Assam Mental Hospital (Tezpur, India) - 1933-1948
Year: 1933
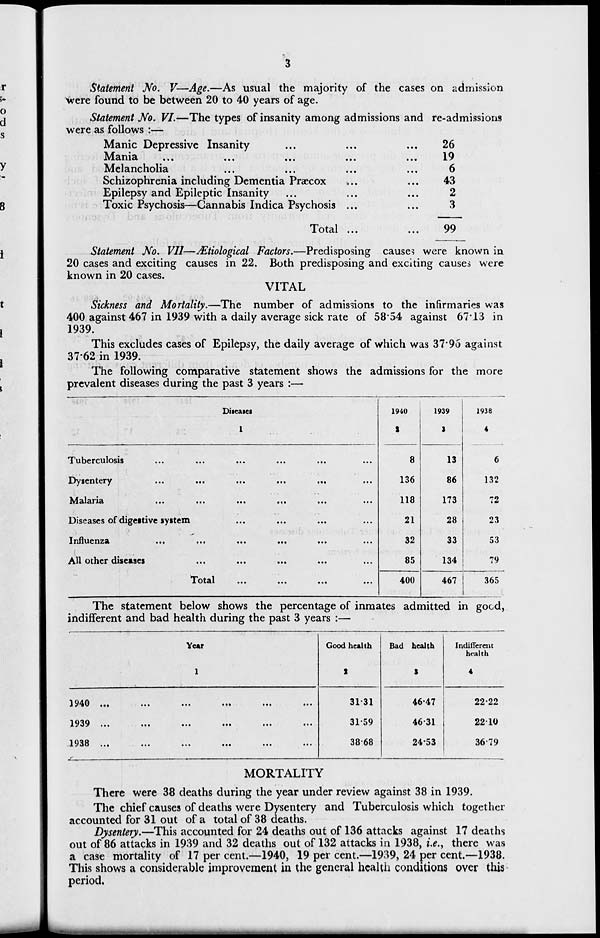
3
Statement No. V—Age.—As usual the majority of the cases on admission
were found to be between 20 to 40 years of age.
Statement No. VI.—The types of insanity among admissions and re-admissions
were as follows :—
Manic Depressive Insanity ... ... ...
Mania
...
...
...
...
...
Melancholia ... ... ...
Schizophrenia including Dementia Præcox ... ...
Epilepsy and Epileptic Insanity ... ... ...
Toxic Psychosis—Cannabis Indica Psychosis ... ...
Total ... ...
26
19
6
43
2
3
99
Statement No. VII—Ætiological Factors.—Predisposing causes were known in
20 cases and exciting causes in 22. Both predisposing and exciting causes were
known in 20 cases.
VITAL
Sickness and Mortality.—The number of admissions to the infirmaries was
400 against 467 in 1939 with a daily average sick rate of 58.54 against 67.13 in
1939.
This excludes cases of Epilepsy, the daily average of which was 37.96 against
37.62 in 1939.
The following comparative statement shows the admissions for the more
prevalent diseases during the past 3 years :—
Diseases.
1
Tuberculosis ... ... ... ... ... ...
Dysentery ... ... ... ... ... ...
Malaria ... ... ... ... ... ...
Diseases of digestive system ... ... ... ...
Influenza
...
...
...
...
...
...
All other diseases ... ... ... ... ... ...
Total ... ... ... ...
1940
2
8
136
118
21
32
85
400
1939
3
13
86
173
28
33
134
467
1938
4
6
132
72
23
53
79
365
The statement below shows the percentage of inmates admitted in good,
indifferent and bad health during the past 3 years :—
Year
1
1940
...
...
...
...
...
...
1939 ... ... ... ... ... ...
1938
...
...
...
...
...
...
Good health
2
31.31
31.59
38.68
Bad health
3
46.47
46.31
24.53
Indifferent
health
4
22.22
22.10
36.79
MORTALITY
There were 38 deaths during the year under review against 38 in 1939.
The chief causes of deaths were Dysentery and Tuberculosis which together
accounted for 31 out of a total of 38 deaths.
Dysentery.—This accounted for 24 deaths out of 136 attacks against 17 deaths
out of 86 attacks in 1939 and 32 deaths out of 132 attacks in 1938, i.e., there was
a case mortality of 17 per cent.—1940, 19 per cent.—1939, 24 per cent.—1938.
This shows a considerable improvement in the general health conditions over this
period.